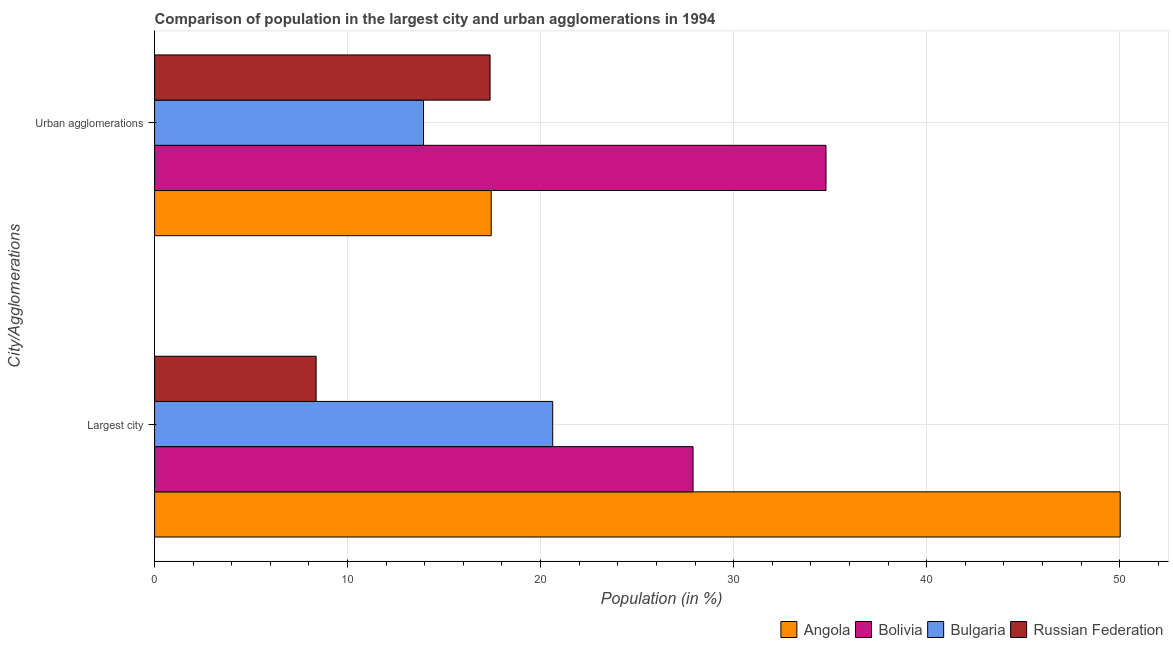
| City/Agglomerations | Angola | Bolivia | Bulgaria | Russian Federation |
 | --- | --- | --- | --- | --- |
 | Largest city | 50 | 27.9 | 20.6 | 8.37 |
 | Urban agglomerations | 17.4 | 34.8 | 13.9 | 17.4 |